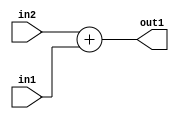
`timescale 1ps / 1ps
/*****************************************************************************
    Verilog RTL Description
    
    
    Created by: Stratus DpOpt 21.05.01 
*******************************************************************************/

module Filter_Add_8Ux8U_9U_1 (
	in2,
	in1,
	out1
	); /* architecture "behavioural" */ 
input [7:0] in2,
	in1;
output [8:0] out1;
wire [8:0] asc001;

assign asc001 = 
	+(in2)
	+(in1);

assign out1 = asc001;
endmodule

/* CADENCE  urj0Swo= : u9/ySxbfrwZIxEzHVQQV8Q== ** DO NOT EDIT THIS LINE ******/